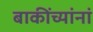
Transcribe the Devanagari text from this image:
बाकींच्यांनां